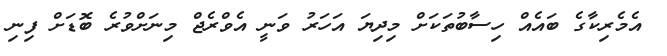
އެމެރިކާގެ ބައެއް ހިސާބުތަކަށް މިދިޔަ އަހަރު ވަނީ އެވްރެޖް މިނަށްވުރެ ބޮޑަށް ފިނި